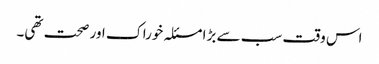
اس وقت سب سے بڑا مسئلہ خوراک اور صحت تھی۔